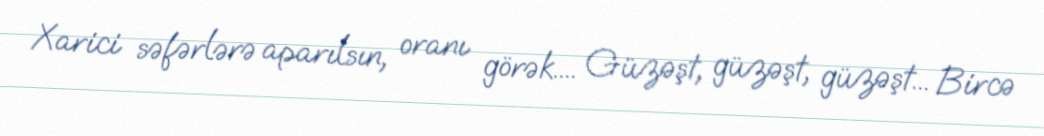
Xarici səfərlərə aparılsın, oranı görək.... Güzəşt, güzəşt, güzəşt... Bircə